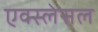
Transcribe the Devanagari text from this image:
एक्स्लेसल